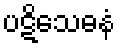
ပဋိသေဓနံ